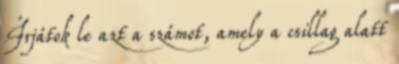
Írjátok le azt a számot, amely a csillag alatt